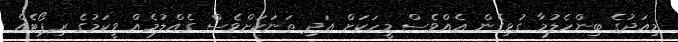
މިއަދުގެ ބިންހެލުމާ ގުޅިގެން އެއްވެސް މީހަކަށް އަދި ތަނަކަށްވެސް ގެއްލުމެއް ވީކަމުގެ ރިޕޯޓެއް